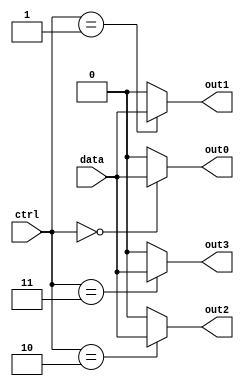
module demux_2to4(input wire [1:0] ctrl,
                  input wire data,
                  output reg out0,
                  output reg out1,
                  output reg out2,
                  output reg out3);

assign out0 = (ctrl == 2'b00) ? data : 1'b0;
assign out1 = (ctrl == 2'b01) ? data : 1'b0;
assign out2 = (ctrl == 2'b10) ? data : 1'b0;
assign out3 = (ctrl == 2'b11) ? data : 1'b0;

endmodule